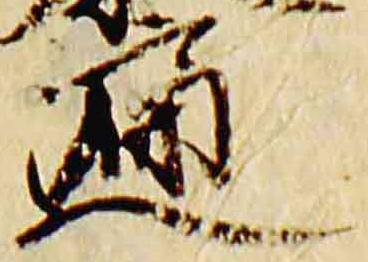
遍